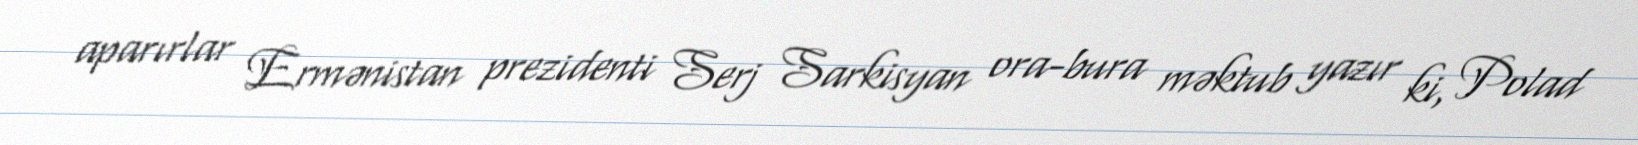
aparırlar Ermənistan prezidenti Serj Sarkisyan ora-bura məktub yazır ki, Polad